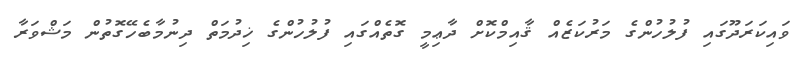
ވައިކަރަދޫގައި ފުލުހުންގެ މަރުކަޒެއް ޤާއިމްކޮށް ދާޢިމީ ގޮތެއްގައި ފުލުހުންގެ ޚިދުމަތް ދިނުމާބެހޭގޮތުން މަޝްވަރާ